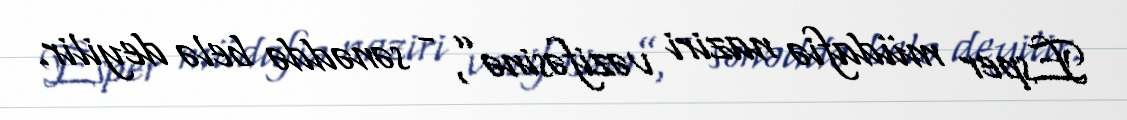
Esper müdafiə naziri vəzifəsinə”, - sənəddə belə deyilir.